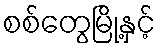
စစ်တွေမြို့နှင့်